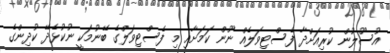
އުސޫލުން ކުރިއަށްދާ ފެސްޓިވަލެއް ނޫން ކަމަށާއި މި ފެސްޓިވަލްގެ ބޭނުމަކީ ނުކުޅެދޭ ކުދިންގެ